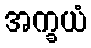
အက္ခယံ